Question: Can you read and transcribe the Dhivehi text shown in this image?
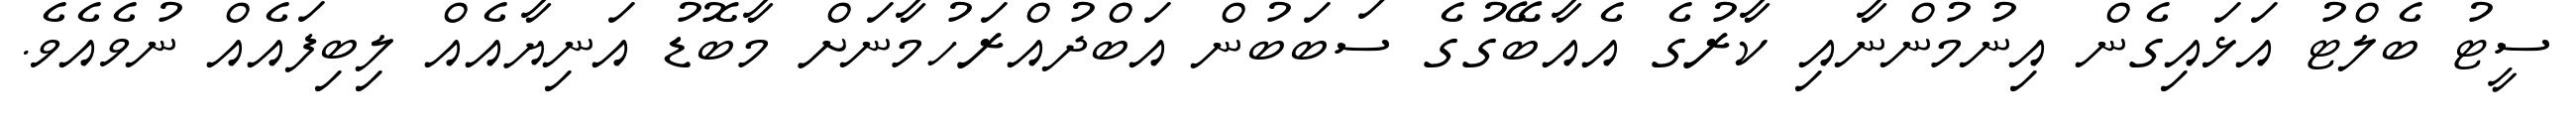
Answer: ސީޓު ބެލްޓު އަޅައިގެން އިނުމުންނާއި ކާރުގެ އެއާބޭގުގެ ސަބަބުން އަބްދުއްރަހުމާނަށް މާބޮޑު އަނިޔާއެއް ލިބިފައެއް ނުވެއެވެ.